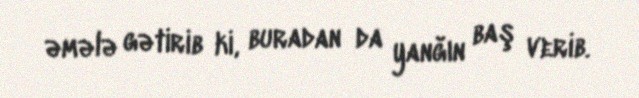
əmələ gətirib ki, buradan da yanğın baş verib.